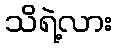
သိရဲ့လား